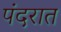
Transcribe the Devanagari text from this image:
पंदरात